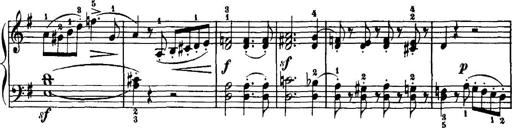
Title: 7 Sonatinas
Composer: Anton Diabelli